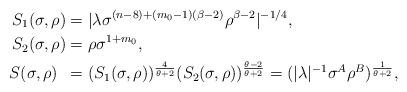
LaTeX: \begin{align*}S_1(\sigma,\rho) & = |\lambda\sigma^{(n-8)+(m_0-1)(\beta-2)} \rho ^{\beta-2}|^{-1/4} , \\S_2 (\sigma,\rho) & = \rho \sigma^{1+m_0}, \\S (\sigma,\rho)\,\,\, & = (S_1(\sigma,\rho))^{\frac{4}{\theta+2}} (S_2(\sigma,\rho))^{\frac{\theta-2}{\theta + 2}} = (|\lambda|^{- 1 }\sigma ^A\rho ^B)^{\frac{1}{\theta+2}}, \end{align*}